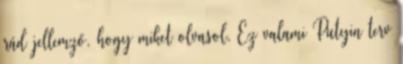
rád jellemző, hogy miket olvasol. Ez valami Putyin terv